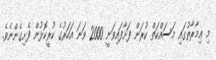
މި ޢިމާރާތުގައި މަސައްކަތް ކުރަން ފަށާފައިވަނީ 2000 ވަނަ އަހަރުގެ ކުރީކޮޅުން ފެށިގެންނެވެ.